Annual report of the Madras Medical College
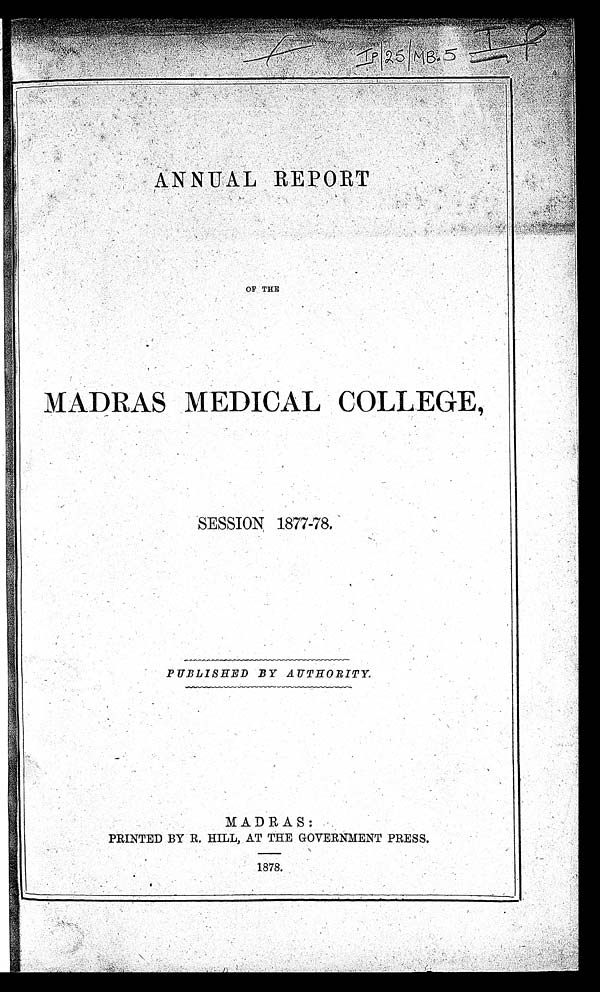
ANNUAL REPORT
OF THE
MADRAS MEDICAL COLLEGE,
SESSION 1877-78.
PUBLISHED BY AUTHORITY.
MADRAS:
PRINTED BY R. HILL, AT THE GOVERNMENT PRESS.
1878.